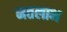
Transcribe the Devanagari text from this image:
मतलाभ